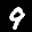
Label: 9